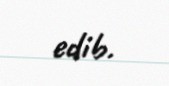
edib.